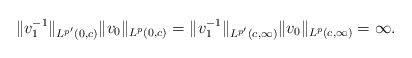
LaTeX: \begin{align*}\|v_1^{-1}\|_{{L^{p'}(0,c)}}\|v_0\|_{{L^p}(0,c)} = \|v_1^{-1}\|_{L^{p'}(c,\infty)}\|v_0\|_{L^p(c,\infty)} = \infty.\end{align*}